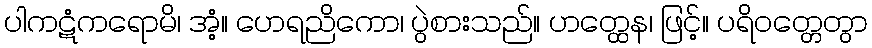
ပါကဋံကရောမိ၊ အံ့။ ဟေရညိကော၊ ပွဲစားသည်။ ဟတ္ထေန၊ ဖြင့်။ ပရိဝတ္တေတွာ